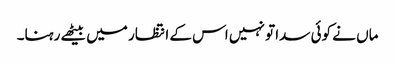
ماں نے کوئی سدا تو نہیں اس کے انتظار میں بیٹھے رہنا۔